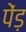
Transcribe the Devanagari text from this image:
पेंड़